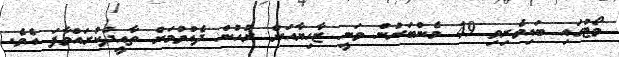
ވޯޓުގައި ބައިވެރިވި 49 މެންބަރުން ވަނީ ޒާހިޔާއަށް ރުހުން ދެއްވުމަށް ތާއީދުކުރައްވާފަ އެވެ.